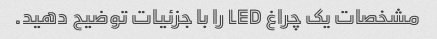
مشخصات یک چراغ LED را با جزئیات توضیح دهید.